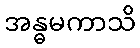
အန္ဓမကာသိ